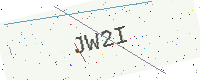
Text: JW2I